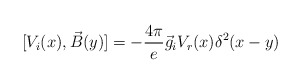
\begin{align*}[V_i(x),\vec B(y)]=-{4\pi \over e} \vec g_i V_r(x)\delta^2(x-y)\end{align*}